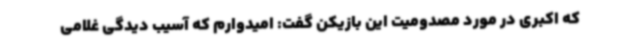
که اکبری در مورد مصدومیت این بازیکن گفت: امیدوارم که آسیب دیدگی غلامی